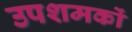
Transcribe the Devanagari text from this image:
उपशमकों